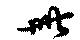
卌